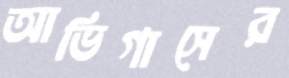
আভিগাসের